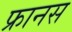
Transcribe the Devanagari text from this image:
फ्रानस